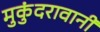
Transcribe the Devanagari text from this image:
मुकुंदरावानी